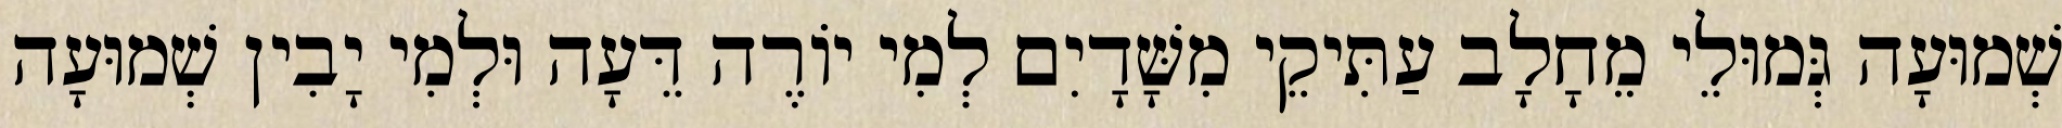
שְׁמוּעָה גְּמוּלֵי מֵחָלָב עַתִּיקֵי מִשָּׁדָיִם לְמִי יוֹרֶה דֵּעָה וּלְמִי יָבִין שְׁמוּעָה